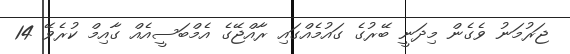
ޖަރުމަނު ވެގެން މިދަނީ ބޭރުގެ ގައުމެއްގައި ރާއްޖޭގެ އެމްބަސީއެއް ގާއިމް ކުރެވޭ 14